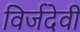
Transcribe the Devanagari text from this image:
विर्जदेवी